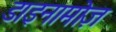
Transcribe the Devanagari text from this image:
डाइनामोज़